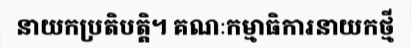
នាយកប្រតិបត្តិ។ គណៈកម្មាធិការនាយកថ្មី